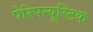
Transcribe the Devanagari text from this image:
पेरिपन्यूस्टिक